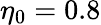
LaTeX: \eta_{0}=0.8